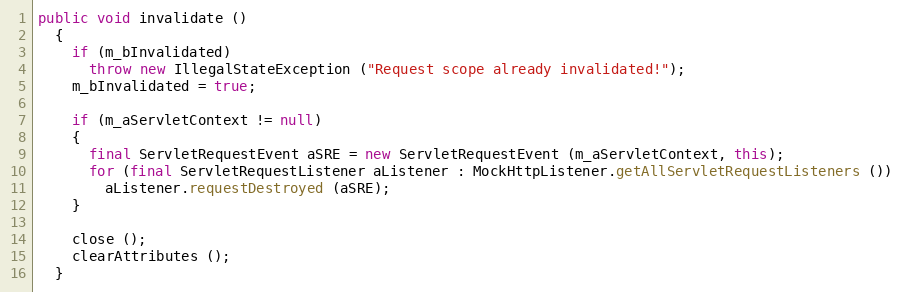
Language: Java
public void invalidate ()
  {
    if (m_bInvalidated)
      throw new IllegalStateException ("Request scope already invalidated!");
    m_bInvalidated = true;

    if (m_aServletContext != null)
    {
      final ServletRequestEvent aSRE = new ServletRequestEvent (m_aServletContext, this);
      for (final ServletRequestListener aListener : MockHttpListener.getAllServletRequestListeners ())
        aListener.requestDestroyed (aSRE);
    }

    close ();
    clearAttributes ();
  }